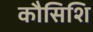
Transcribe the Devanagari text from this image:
कौसिशि